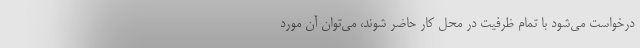
درخواست می‌شود با تمام ظرفیت در محل کار حاضر شوند، می‌توان آن مورد